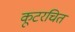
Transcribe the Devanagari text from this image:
कूटरचित